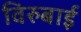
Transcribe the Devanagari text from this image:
विरुबाई